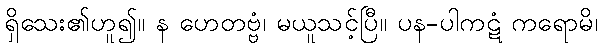
ရှိသေး၏ဟူ၍။ န ဟေတဗ္ဗံ၊ မယူသင့်ပြီ။ ပန-ပါကဋံ ကရောမိ၊